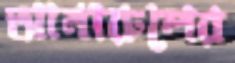
আনারুলের